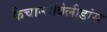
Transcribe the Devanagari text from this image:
फैचान्सीबेलीडांस